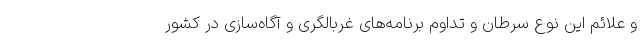
و علائم این نوع سرطان و تداوم برنامه‌های غربالگری و آگاه‌سازی در کشور